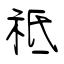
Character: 祗